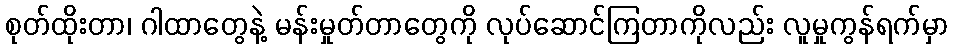
စုတ်ထိုးတာ၊ ဂါထာတွေနဲ့ မန်းမှုတ်တာတွေကို လုပ်ဆောင်ကြတာကိုလည်း လူမှုကွန်ရက်မှာ